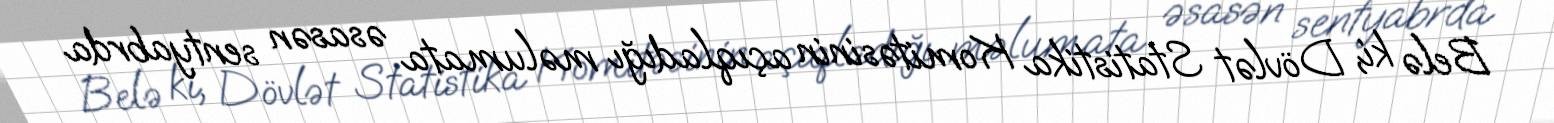
Belə ki, Dövlət Statistika Komitəsinin açıqladığı məlumata əsasən sentyabrda